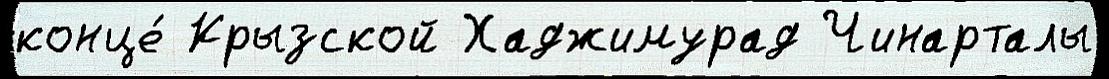
конце́ Крызской Хаджимурад Чинарталы